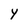
Character: Y